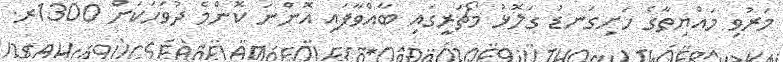
މަރުވި މައްޔިތާގެ ހަށިގަނޑު ގަލޮޅު މޯޗަރީގައި ބާއްވާފައި އޮންނަ ކޮންމެ ދުވަހަކަށް 1300ރ.